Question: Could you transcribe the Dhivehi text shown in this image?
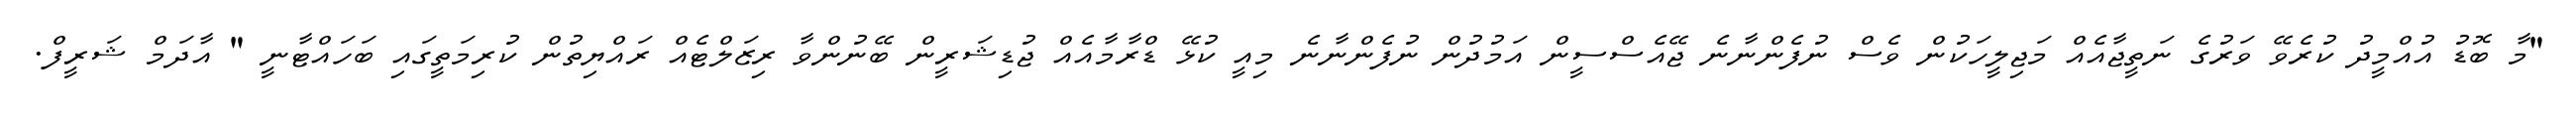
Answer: "މާ ބޮޑު އުއްމީދު ކުރެވޭ ވަރުގެ ނަތީޖާއެއް މަޖިލީހަކުން ވެސް ނުފެންނާނެ ޖޭއެސްސީން އަމުދުން ނުފެންނާނެ މިއީ ކުޅޭ ޑްރާމާއެއް ޖުޑިޝަރީން ބޭނުންވާ ރިޒަލްޓެއް ރައްޔިތުން ކުރިމަތީގައި ބަހައްޓާނީ " އާދަމް ޝަރީފް.